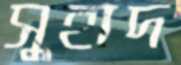
সুহাদ